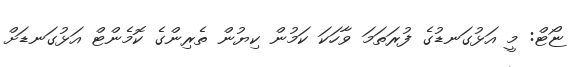
ޏޯޓް: މީ އަޅުގަނޑުގެ ފުރަތަމަ ވާހަކަ ކަމުން ކިޔުން ތެރިންގެ ކޮމެންޓް އަޅުގަނޑަށް